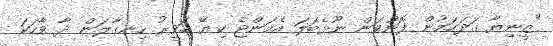
"ޒީނިޔާ ގަދަކަމުން ފޮނުވަން ނޫޅެބަލަ އެމަންޖެ ކިޔޭ ހަވީރު ހިނގާލަން ދާ ވާހަކަ